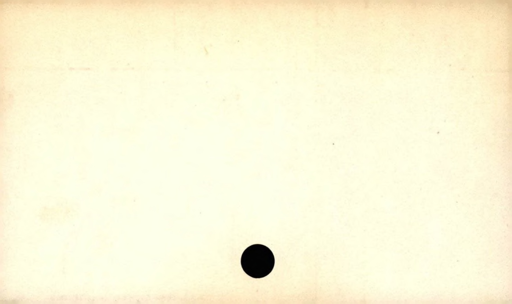
Label: blank